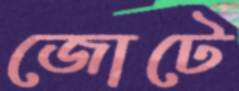
জোটে